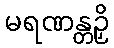
မရဏန္တဉှိ